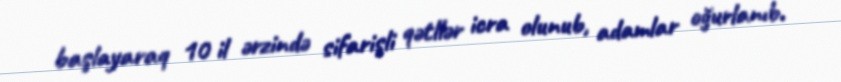
başlayaraq 10 il ərzində sifarişli qətllər icra olunub, adamlar oğurlanıb.